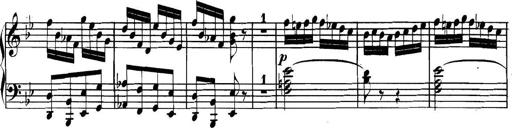
Title: Collected Piano Sonatas
Composer: Muzio Clementi